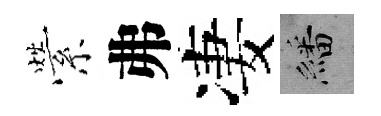
縈弗凄繙